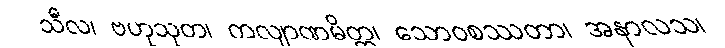
သီလ၊ ဗဟုသုတ၊ ကလျာဏမိတ္တ၊ သောဝစဿတာ၊ အနာလသ၊